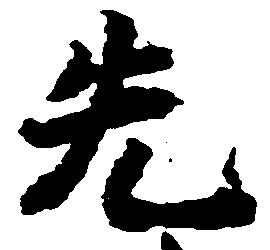
先